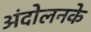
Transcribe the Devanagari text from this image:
अंदोलनके